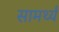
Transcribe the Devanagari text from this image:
सामर्थ्यं